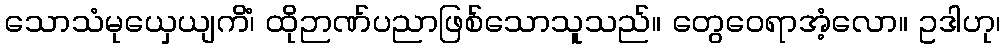
သောသံမုယှေယျကိံ၊ ထိုဉာဏ်ပညာဖြစ်သောသူသည်။ တွေဝေရာအံ့လော။ ဥဒါဟု၊